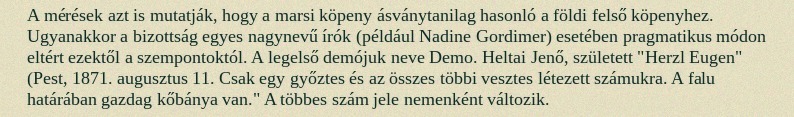
A mérések azt is mutatják, hogy a marsi köpeny ásványtanilag hasonló a földi felső köpenyhez. Ugyanakkor a bizottság egyes nagynevű írók (például Nadine Gordimer) esetében pragmatikus módon eltért ezektől a szempontoktól. A legelső demójuk neve Demo. Heltai Jenő, született "Herzl Eugen" (Pest, 1871. augusztus 11. Csak egy győztes és az összes többi vesztes létezett számukra. A falu határában gazdag kőbánya van." A többes szám jele nemenként változik.